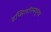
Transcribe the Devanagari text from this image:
इप्सिलॉनमधूनच